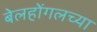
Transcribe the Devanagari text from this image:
बेलहोंगलच्या